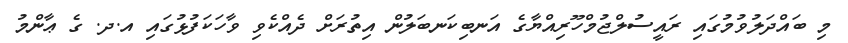
މި ބައްދަލުވުމުގައި ރައީސުލްޖުމްހޫރިއްޔާގެ އަނބިކަނބަލުން އިތުރަށް ދެއްކެވި ވާހަކަފުޅުގައި އ.ދ. ގެ ޢާންމު